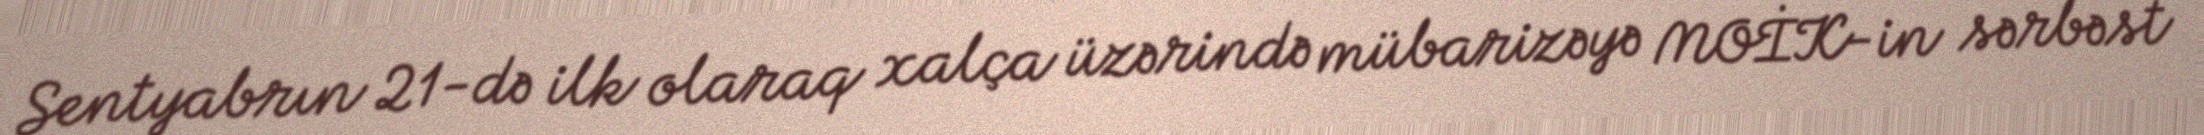
Sentyabrın 21-də ilk olaraq xalça üzərində mübarizəyə MOİK-in sərbəst